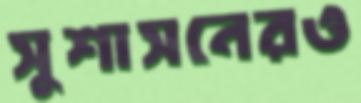
সুশাসনেরও